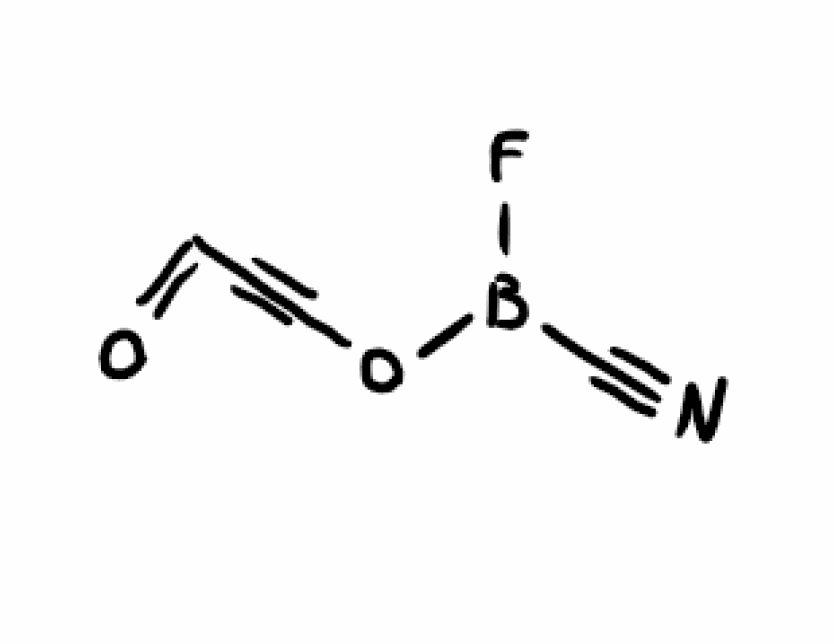
Simplified molecular-input line-entry system (SMILES) notation of the given molecule:
B(C#N)(OC#CC=O)F